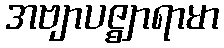
အဗျာပဇ္ဈာရာမာ